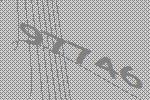
97746